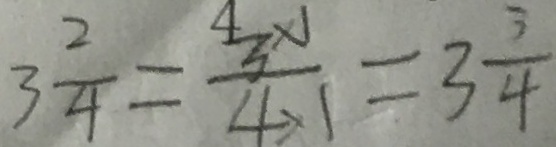
3 \frac { 2 } { 4 } = \frac { 3 \times 1 } { 4 \times 1 } = 3 \frac { 3 } { 4 }